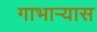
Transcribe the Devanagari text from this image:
गाभाऱ्यास